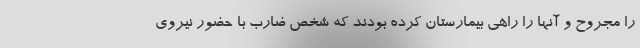
را مجروح و آنها را راهی بیمارستان کرده بودند که شخص ضارب با حضور نیروی